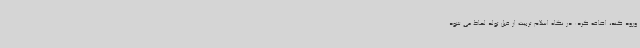
ورود کند، اضافه کرد: در نگاه اسلام تربیت از قبل تولد لحاظ می شود